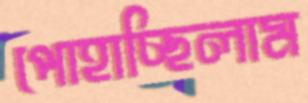
পোহাচ্ছিলাম